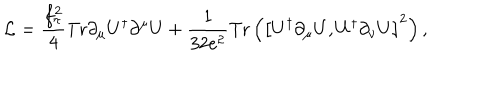
LaTeX: { \cal L } = \frac { f _ { \pi } ^ { 2 } } { 4 } \mathrm { T r } \partial _ { \mu } U ^ { \dagger } \partial ^ { \mu } U + \frac { 1 } { 3 2 e ^ { 2 } } \mathrm { T r } \left( \left[ U ^ { \dagger } \partial _ { \mu } U , U ^ { \dagger } \partial _ { \nu } U \right] ^ { 2 } \right) ,